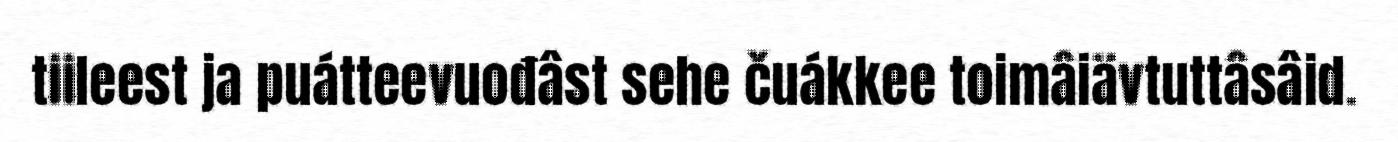
tiileest ja puátteevuođâst sehe čuákkee toimâiävtuttâsâid.